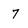
Character: 7